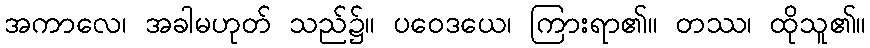
အကာလေ၊ အခါမဟုတ် သည်၌။ ပဝေဒယေ၊ ကြားရာ၏။ တဿ၊ ထိုသူ၏။